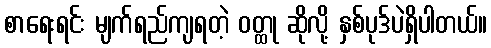
စာရေးရင်း မျက်ရည်ကျရတဲ့ ဝတ္ထု ဆိုလို့ နှစ်ပုဒ်ပဲရှိပါတယ်။